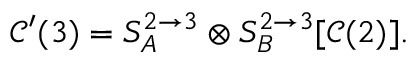
\begin{array} { r } { \mathcal { C } ^ { \prime } ( 3 ) = S _ { A } ^ { 2 \to 3 } \otimes S _ { B } ^ { 2 \to 3 } [ \mathcal { C } ( 2 ) ] . } \end{array}